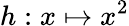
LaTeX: h:x\mapsto x^{2}